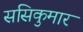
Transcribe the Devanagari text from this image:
ससिकुमार